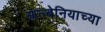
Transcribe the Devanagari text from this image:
आल्बेनियाच्या